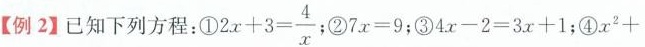
【例2】已知下列方程：①$$2 x + 3 =